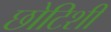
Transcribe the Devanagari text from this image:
छोटिशी